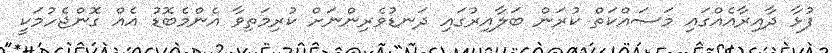
ފުޅާ ދާއިރާއެއްގައި މަސައްކަތް ކުރަން ބަލާއިރުގައި ދަނޑުވެރިންނަށް ކުރިމަތިވާ އެންމެބޮޑު އެއް ގޮންޖެހުމަކީ